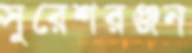
সুরেশরঞ্জন